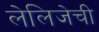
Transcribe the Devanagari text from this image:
लेलिजेची